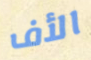
الأف